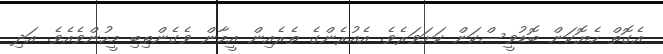
އެގޮތް ހެޔޮކަން ބޮޑުވީސްކަން ކަށަވަރެވެ. އެއުރެންގެ ތެރެއިން އީމާން ވެގެންތިބި މީހުންވެއެވެ. އަދި